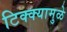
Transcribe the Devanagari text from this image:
टिक्क्यामुळे